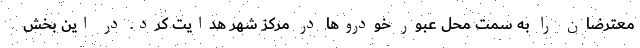
معترضان را به سمت محل عبور خودروها در مرکز شهر هدایت کرد. در این بخش